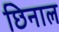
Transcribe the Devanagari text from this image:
छिनाल